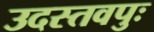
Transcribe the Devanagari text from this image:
उदस्तवपुः